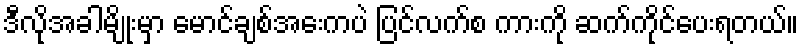
ဒီလိုအခါမျိုးမှာ မောင်ချစ်အေးကပဲ ပြင်လက်စ ကားကို ဆက်ကိုင်ပေးရတယ်။